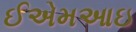
ઈએમઆઇ